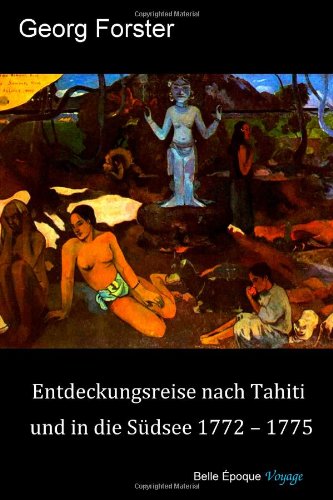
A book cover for Entdeckungsreise nach Tahiti und in die Suedsee 1772-1775 (German Edition); Georg Forster; Travel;